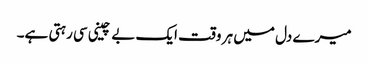
میرے دل میں ہر وقت ایک بے چینی سی رہتی ہے۔